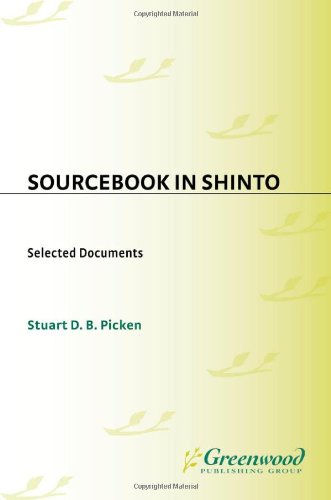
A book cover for Sourcebook in Shinto: Selected Documents (Resources in Asian Philosophy and Religion); Stuart Picken; Religion & Spirituality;